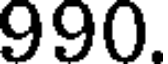
990.